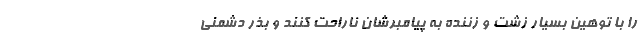
را با توهین بسیار زشت و زننده به پیامبرشان ناراحت کنند و بذر دشمنی